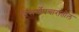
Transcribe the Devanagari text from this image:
निसर्गोपचारातील